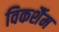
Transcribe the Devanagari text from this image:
विकर्शैम